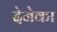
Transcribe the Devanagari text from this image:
देनेका